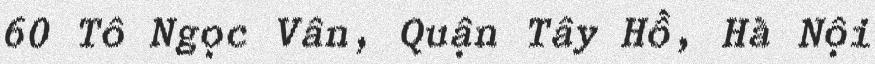
60 Tô Ngọc Vân, Quận Tây Hồ, Hà Nội